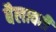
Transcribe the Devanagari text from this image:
बैलावरी